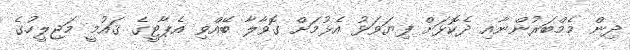
ދިން މެމްބަރުންނާއި ދެކޮޅަށް ފިޔަވަޅު އެޅުމަށް ގޮވާލާ ބޭއްވި އެޕާޓީގެ ޤައުމީ މަޖިލީީހުގެ